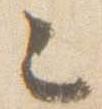
之